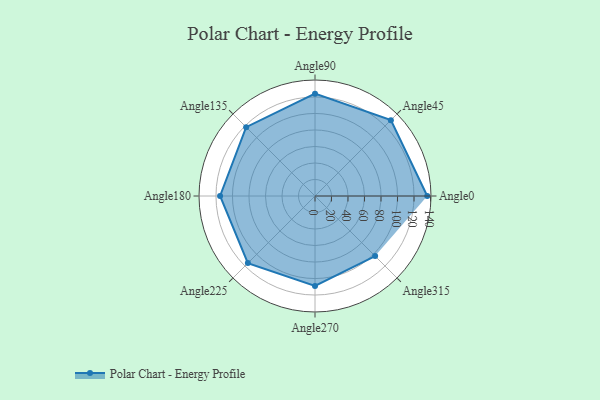
{"axis": {"x": "Angle", "y": "Radius"}, "legend": [""], "data": [{"x": "Angle0", "y": 136.0, "type": ""}, {"x": "Angle45", "y": 130.0, "type": ""}, {"x": "Angle90", "y": 124.0, "type": ""}, {"x": "Angle135", "y": 118.0, "type": ""}, {"x": "Angle180", "y": 115.0, "type": ""}, {"x": "Angle225", "y": 115.0, "type": ""}, {"x": "Angle270", "y": 109.0, "type": ""}, {"x": "Angle315", "y": 103.0, "type": ""}]}